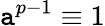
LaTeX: \mathtt{a}^{p-1}\equiv1